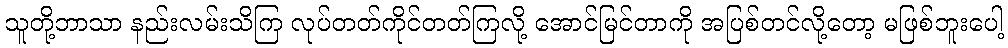
သူတို့ဘာသာ နည်းလမ်းသိကြ လုပ်တတ်ကိုင်တတ်ကြလို့ အောင်မြင်တာကို အပြစ်တင်လို့တော့ မဖြစ်ဘူးပေါ့